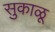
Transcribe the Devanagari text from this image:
सुकाळू